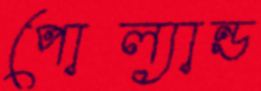
পোল্যান্ড